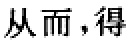
从而，得